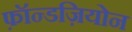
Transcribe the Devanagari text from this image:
फ़ॉन्डज़ियोन